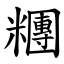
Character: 糰